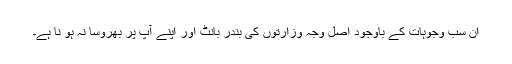
ان سب وجوہات کے باوجود اصل وجہ وزارتوں کی بندر بانٹ اور اپنے آپ پر بھروسا نہ ہو نا ہے۔